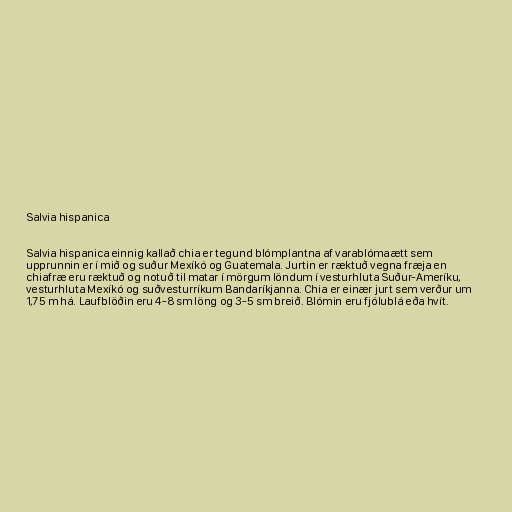
Salvia hispanica

Salvia hispanica einnig kallað chia er tegund blómplantna af varablómaætt sem
upprunnin er í mið og suður Mexíkó og Guatemala. Jurtin er ræktuð vegna fræja en
chiafræ eru ræktuð og notuð til matar í mörgum löndum í vesturhluta Suður-Ameríku,
vesturhluta Mexíkó og suðvesturríkum Bandaríkjanna. Chia er einær jurt sem verður um
1,75 m há. Laufblöðin eru 4-8 sm löng og 3-5 sm breið. Blómin eru fjólublá eða hvít.